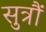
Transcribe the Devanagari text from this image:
सुत्रौं